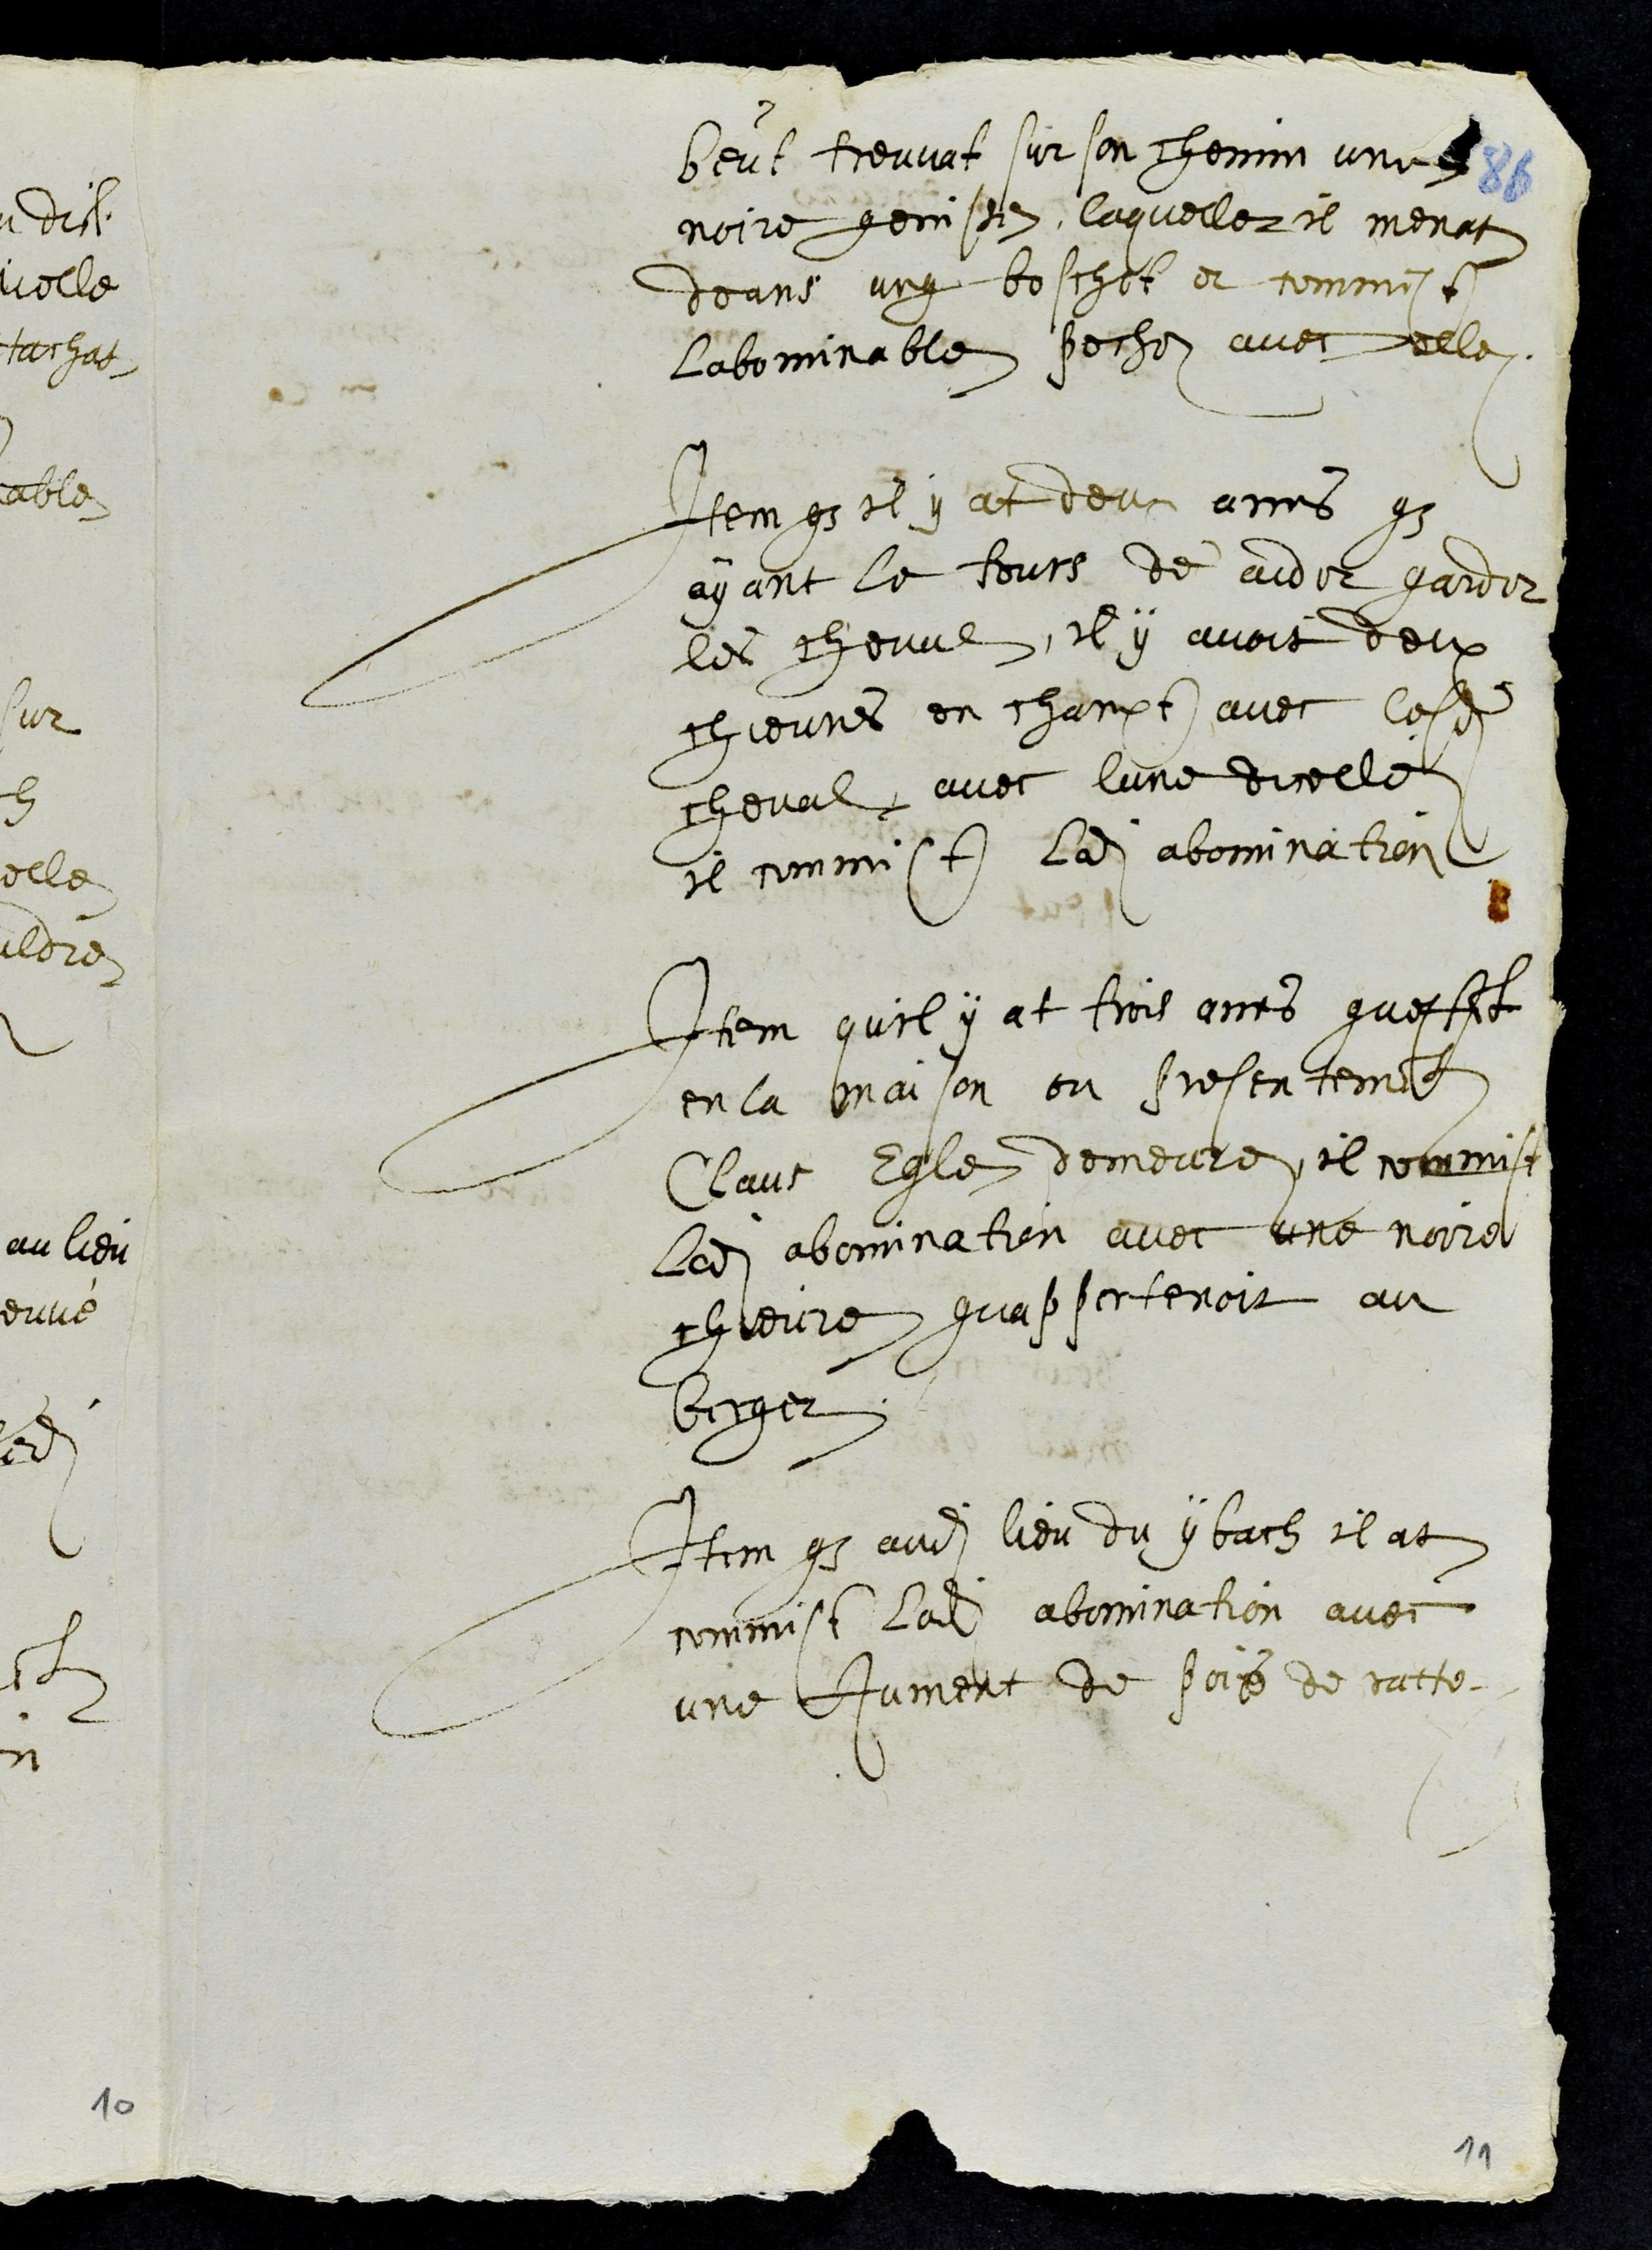
beut treuvat sur son chemin une
noire genisse, laquelle il menat
deans ung boschet et commist
labominable pechez avec elle
Item que il y at deux anes que
ayant le tours de aider garder
les cheval, il y avoit deux
chievres en chanpt avec lesdits
cheval, avec lune dicellez
il commist ladite abomination
Item quil y at trois anes questant
en la maison ou presentement
Claus Egle demeure il commist
ladite abomination avec une noire
chievre quappertenoit au
berger
Item que audit lieu du ybach il at
commist ladite abomination avec
une jument de pois de ratte.
11